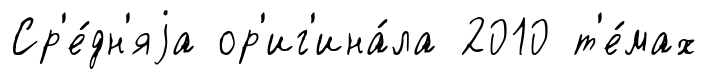
Ср'е́дн'яjа ор'иг'ина́ла 2010 т'е́мах